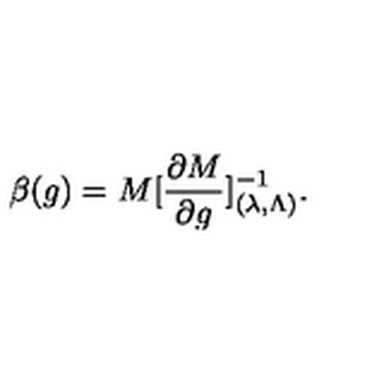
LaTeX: \beta ( g ) = M [ { \frac { \partial M } { \partial g } } ] _ { ( \lambda , \Lambda ) } ^ { - 1 } .